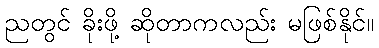
ညတွင် ခိုးဖို့ ဆိုတာကလည်း မဖြစ်နိုင်။